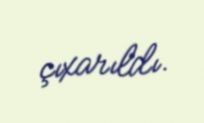
çıxarıldı.